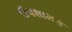
ઉપશામક